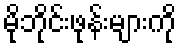
မိုဘိုင်းဖုန်းများကို